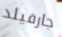
جارفيلد